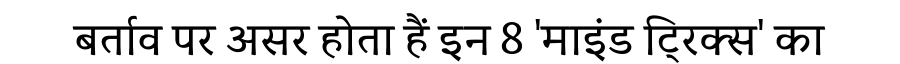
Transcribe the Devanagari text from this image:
बर्ताव पर असर होता हैं इन 8 'माइंड ट्रिक्स' का